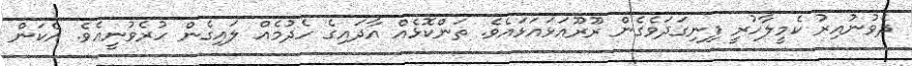
ދެވުނުއިރު ކެމީލާހުރީ ފިނިގަދަވެގެން ރޫރޫއަޅައަޅައެވެ. ތަންކޮޅެއް އާދައިގެ ހެދުމެއް ލައިގެން ހުރެވުނީއެވެ. އެކަން